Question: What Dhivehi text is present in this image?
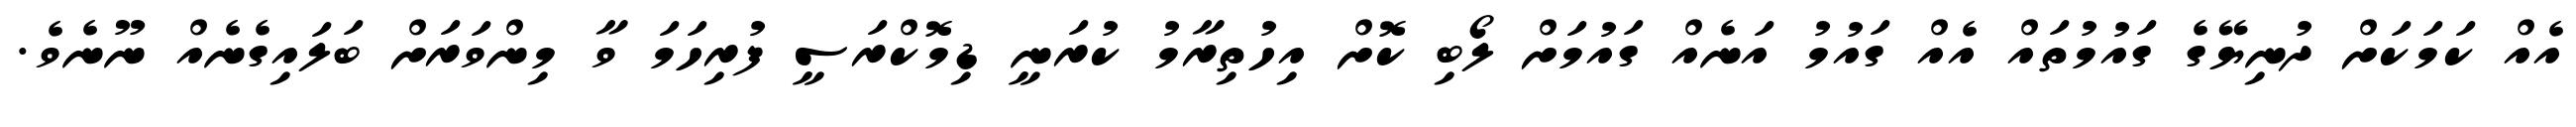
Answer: އެއް ކަމަކަށް ދުނިޔޭގެ ގައުމުތައް އެއް ގައުމު އަނެއް ގައުމަށް ލޯބި ކޮށް އިހުތިރާމު ކުރަނީ ޑިމޮކްރަސީ ފުރިހަމަ ވާ މިންވަރަށް ބަލައިގެނެއް ނޫނެވެ.